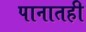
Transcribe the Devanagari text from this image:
पानातही